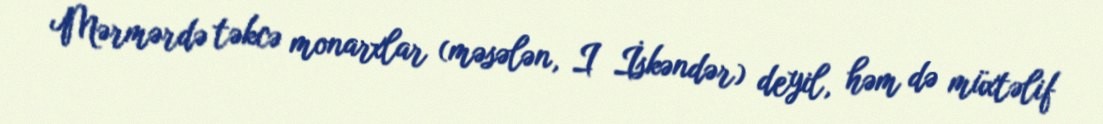
Mərmərdə təkcə monarxlar (məsələn, I İskəndər) deyil, həm də müxtəlif